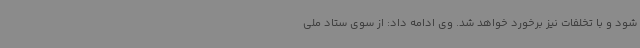
شود و با تخلفات نیز برخورد خواهد شد. وی ادامه داد: از سوی ستاد ملی